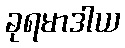
ခုရမာဒါယ